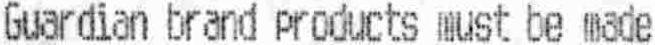
GUARDIAN BRAND PRODUCTS MUST BE MADE